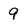
Character: 9